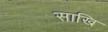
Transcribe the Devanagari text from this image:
साखि